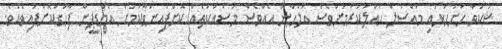
ޝަކުވާ ހުށަހަޅައި މައްސަލަ ހައްލުކުރުމަށްވެސް އަލްހާން އެއްވެސް މަސައްކަތެއް ކޮށްފައިނުވާކަމަށް އެމްޑީޕީން ފާހަގަކޮށްފައިވެއެވެ.